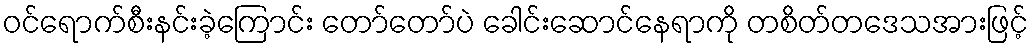
ဝင်ရောက်စီးနင်းခဲ့ကြောင်း တော်တော်ပဲ ခေါင်းဆောင်နေရာကို တစိတ်တဒေသအားဖြင့်